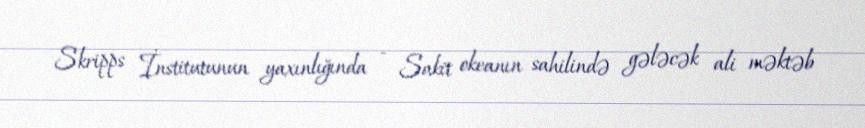
Skripps İnstitutunun yaxınlığında - Sakit okeanın sahilində gələcək ali məktəb